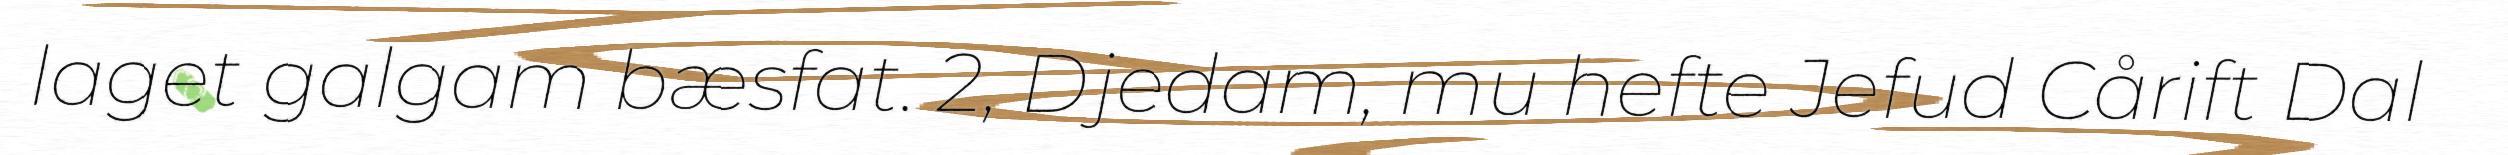
laget galgam bæsfat. 2, Djedam, mu hefte Jefud Cårift Dal